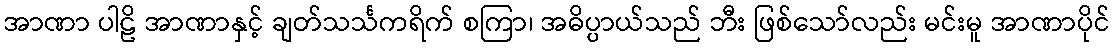
အာဏာ ပါဠိ အာဏာနှင့် ချတ်သင်္သကရိက် စကြာ၊ အဓိပ္ပာယ်သည် ဘီး ဖြစ်သော်လည်း မင်းမူ အာဏာပိုင်